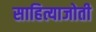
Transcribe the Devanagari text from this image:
साहित्याजोती